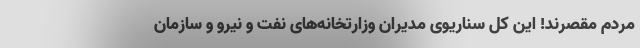
مردم مقصرند! این کل سناریوی مدیران وزارتخانه‌های نفت و نیرو و سازمان